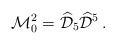
\begin{align*}\mathcal{M}_0^2=\widehat{\mathcal{D}}_5\widehat{\mathcal{D}}^5\, .\end{align*}